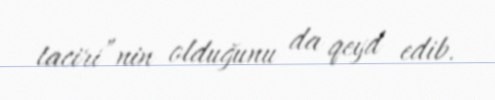
taciri”nin olduğunu da qeyd edib.